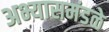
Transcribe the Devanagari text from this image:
अभ्यासमंडळे